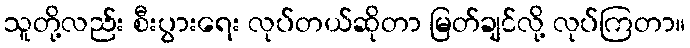
သူတို့လည်း စီးပွားရေး လုပ်တယ်ဆိုတာ မြတ်ချင်လို့ လုပ်ကြတာ။